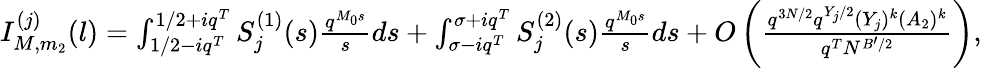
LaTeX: \begin{array}{r}{I_{M,m_{2}}^{(j)}(l)=\int_{1/2-iq^{T}}^{1/2+iq^{T}}S_{j}^{(1)}(s)\frac{q^{M_{0}s}}{s}ds+\int_{\sigma-iq^{T}}^{\sigma+iq^{T}}S_{j}^{(2)}(s)\frac{q^{M_{0}s}}{s}ds+O\left(\frac{q^{3N/2}q^{Y_{j}/2}(Y_{j})^{k}(A_{2})^{k}}{q^{T}N^{B^{\prime}/2}}\right),}\end{array}